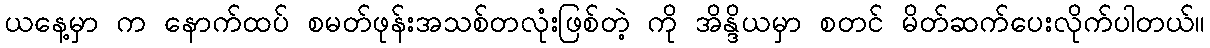
ယနေ့မှာ က နောက်ထပ် စမတ်ဖုန်းအသစ်တလုံးဖြစ်တဲ့ ကို အိန္ဒိယမှာ စတင် မိတ်ဆက်ပေးလိုက်ပါတယ်။